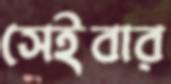
সেইবার